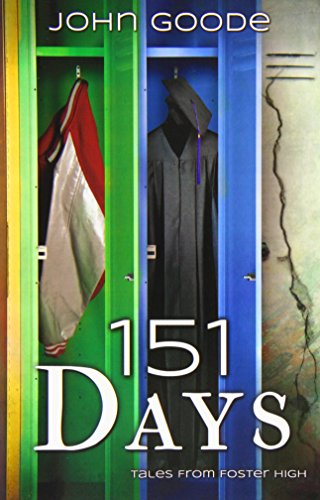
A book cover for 151 Days; John Goode; Teen & Young Adult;